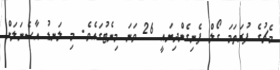
މެޗުގެ ފުރަތަމަ ގޯލް ފެނިގެންދިޔައީ 26 ވަނަ މިނެޓުގައެވެ. މި ލަނޑު އާސެނަލަށް